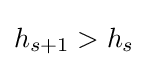
h_{s+1}>h_{s}